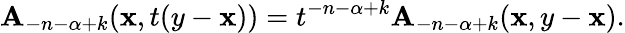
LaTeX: \mathbf{A}_{-n-\alpha+k}(\mathbf{x},t(y-\mathbf{x}))=t^{-n-\alpha+k}\mathbf{A}_{-n-\alpha+k}(\mathbf{x},y-\mathbf{x}).